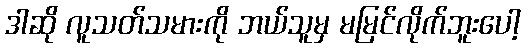
ဒါဆို လူသတ်သမားကို ဘယ်သူမှ မမြင်လိုက်ဘူးပေါ့